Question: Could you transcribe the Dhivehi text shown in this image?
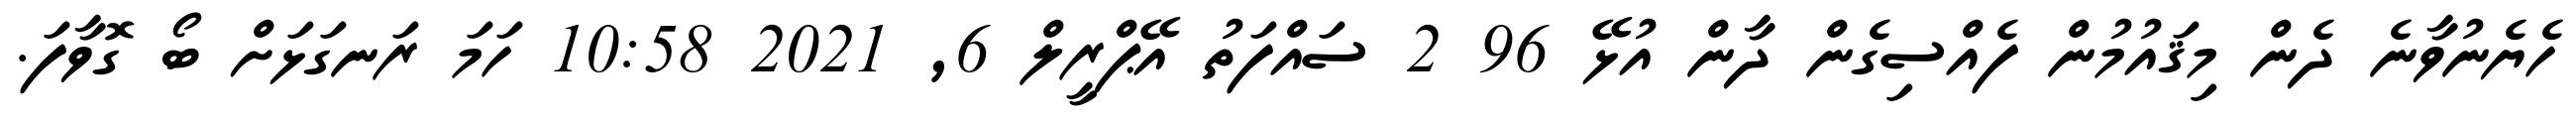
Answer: ހެޔެނުވާނެ ދެން މިޤައުމުން ފެއްސިގެން ދާން އުޅޭ 96 2 ސައްފަތު އޭޕްރީލް 6, 2021 10:58 ހަމަ ރަނގަޅަށް ބޯ ގޮވާފަ.